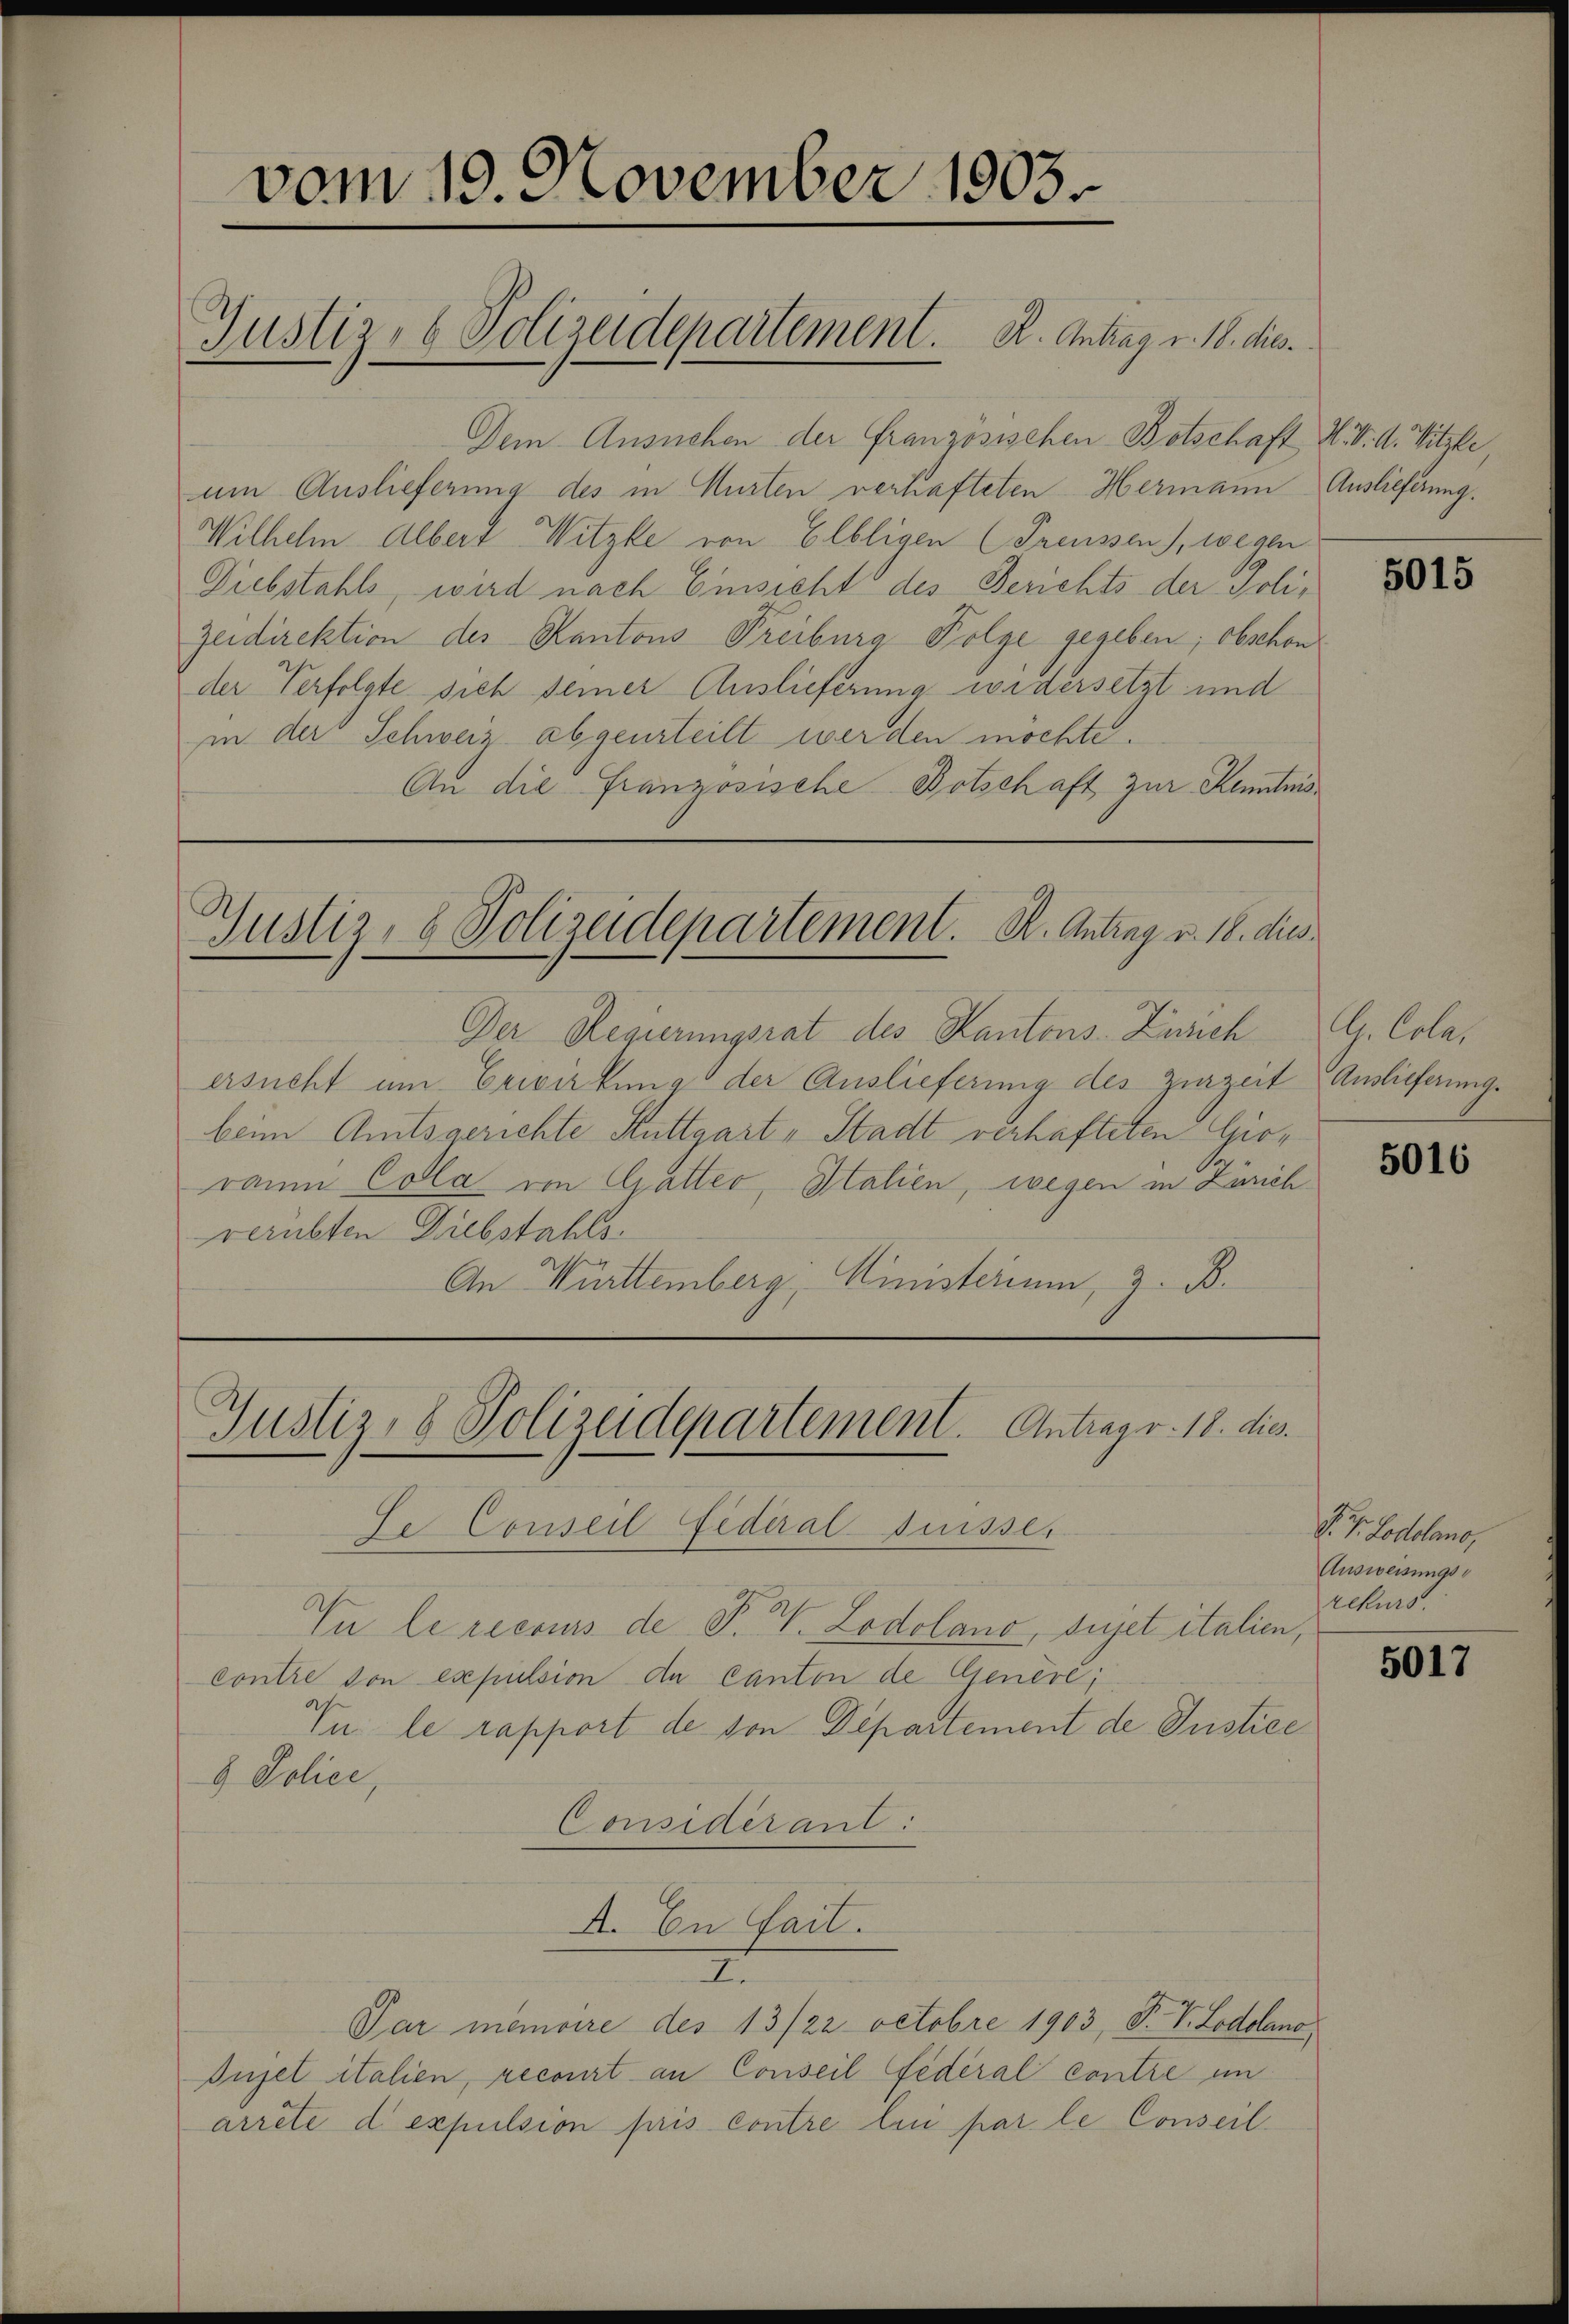
vom 19. November 1903.
Justiz- & Polizeidepartement. K. Antrag v. 18. dies

Dem Ansuchen der Französischen Botschaft N. V. d. Vitzli,
um Auslieferung des in Musten verhafteten Hermann Auslieferung.
Wilhelm Albert Witzle von Elbligen (Preussen), wegen
Diebstahls, wird nach Einsicht des Berichts der Poli¬
Zeidirektion des Kantons Freiburg Folge gegeben; obschon
der Verfolgte sich seiner Auslieferung widersetzt und
in der Schweiz abgeurteilt werden möchte.
An die Französische Botschaft zur Kenntnis¬

Gustiz- & Polizeidepartement. K. Antrag v. 18. dies

Der Regierungsrat des Kantons-Zusich
ersucht um Erwirkung der Auslieferung des Zurzeit Auslieferungs
beim Amtsgerichte Stuttgart „Stadt verhafteten Gioraum Cola von Gatteo, Italien, wegen in Zürich
verübten Diebstahls
An Württemberg, Ministerium, z. B.

Justiz- & Polizeidepartement. Antrag v. 18. dies

De Conseil Federal Suisser
In le recours de P. W. Lodolano, sujet italien,
contre von expulsion de Canton de Genève;
Vn le rapport de von Departement de Justice
& Police,
Considerant:
A. In Fail.
I.
Par memoire des 13/22 Octobre 1903, P. V. Lodolano
Iujet italien, recourt an Conseil fédéral contre in
arrête d expulsion pris contre lui par le Conseil.

5015

G. Coler

5016

V. P. Lodolano,
Ausweisungsrekurs.

5017